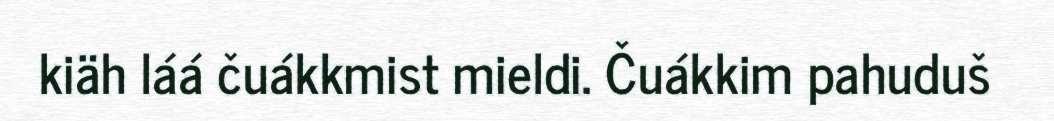
kiäh láá čuákkmist mieldi. Čuákkim pahuduš